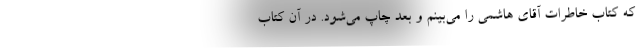
که کتاب خاطرات آقای هاشمی را می‌بینم و بعد چاپ می‌شود. در آن کتاب